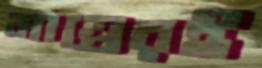
মাত্রেরই